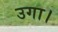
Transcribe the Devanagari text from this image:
उगा।